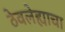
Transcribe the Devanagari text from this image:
ठेवलेह्याचा